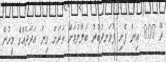
ރޭ 8:00 އިން ފެށި ފުޅަނދުބުރު ބަލާލުމަށް ވަރަށް ގިނަ އަދަދެއްގެ މީހުން